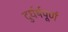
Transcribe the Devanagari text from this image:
दुर्धर्षपूर्ण